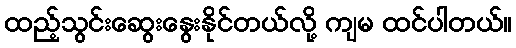
ထည့်သွင်းဆွေးနွေးနိုင်တယ်လို့ ကျမ ထင်ပါတယ်။